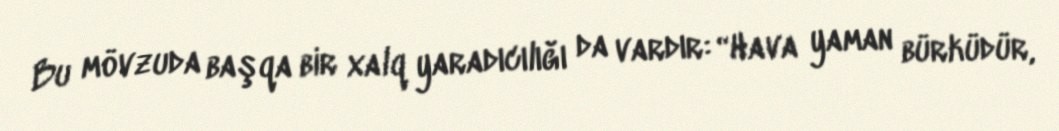
Bu mövzuda başqa bir xalq yaradıcılığı da vardır: “Hava yaman bürküdür,